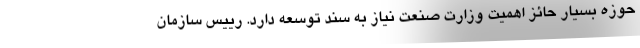
حوزه بسیار حائز اهمیت وزارت صنعت نیاز به سند توسعه دارد. رییس سازمان